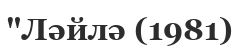
"Ләйлә (1981)